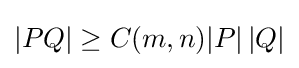
|PQ|\geq C(m,n)|P|\,|Q|